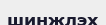
шинжлэх